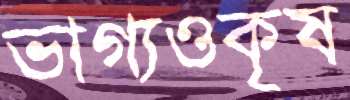
ভাগ্যওকৃষ